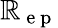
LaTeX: \mathbb{R}_{\mathrm{{~e~p~}}}